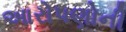
આરોપણોની